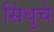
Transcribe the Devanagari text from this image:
सिंधुचे